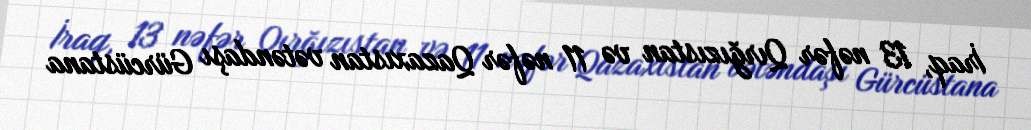
İraq, 13 nəfər Qırğızıstan və 11 nəfər Qazaxıstan vətəndaşı Gürcüstana